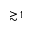
\gtrsim 1